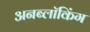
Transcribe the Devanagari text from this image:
अनब्लॉकिंग